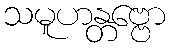
သမူဟန္တဗ္ဗော